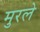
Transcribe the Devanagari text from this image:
मुरले